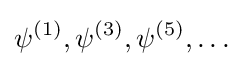
\psi ^{(1)},\psi ^{(3)},\psi ^{(5)},\ldots